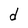
Character: d